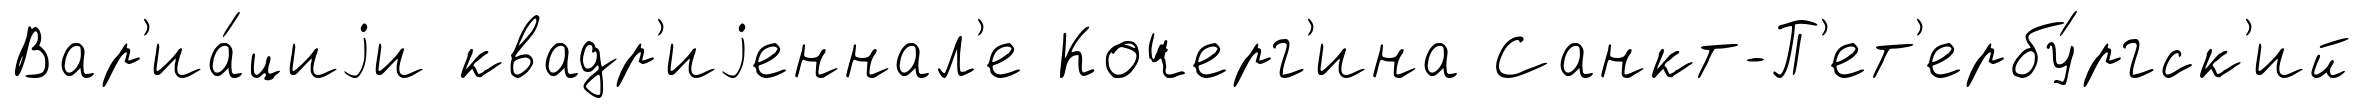
Вар'иа́циjи квадр'иjеннал'е Кочерг'ина Санкт-П'ет'ербу́ргск'ий